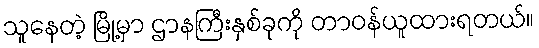
သူနေတဲ့ မြို့မှာ ဌာနကြီးနှစ်ခုကို တာဝန်ယူထားရတယ်။